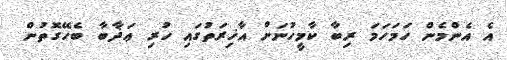
އެ އެންމެން ހަމަހަމަ ރިބާ ކާމީހުނަށް އާޚިރަތުގައި ހުރި ޢަޛާބާ ބެހޭގޮތުން